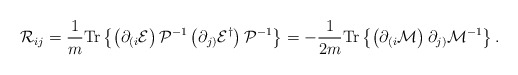
\begin{align*}{\cal R}_{ij}=\frac{1}{m}{\rm Tr}\left\{\left(\partial_{(i} {\cal E}\right){\cal P}^{-1} \left(\partial_{j)}{\cal E}^{\dagger}\right){\cal P}^{-1}\right\}=-\frac{1}{2m} {\rm Tr} \left\{\left(\partial_{(i} {\cal M}\right)\partial_{j)}{\cal M}^{-1} \right\}.\end{align*}